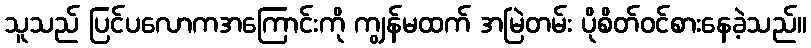
သူသည် ပြင်ပလောကအကြောင်းကို ကျွန်မထက် အမြဲတမ်း ပိုစိတ်ဝင်စားနေခဲ့သည်။